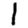
Digit: 1